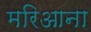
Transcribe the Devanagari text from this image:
मरिआना